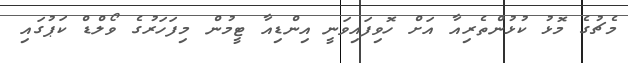
މެޗުގެ މޮޅު ކުޅުންތެރިއާ އަށް ހޮވިފައިވަނީ އިންޑިއާ ޓީމުން މިފަހަރުގެ ވޯލްޑް ކަޕުގައި